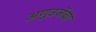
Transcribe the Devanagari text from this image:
अणुउर्जेचा